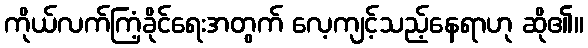
ကိုယ်လက်ကြံ့ခိုင်ရေးအတွက် လေ့ကျင့်သည့်နေရာဟု ဆို၏။